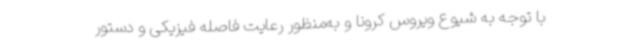
با توجه به شیوع ویروس کرونا و به‌منظور رعایت فاصله فیزیکی و دستور